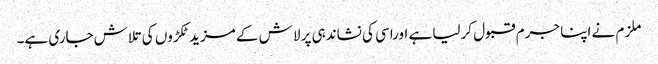
ملزم نے اپنا جرم قبول کرلیا ہے اوراسی کی نشاندہی پر لاش کے مزید ٹکڑوں کی تلاش جاری ہے۔